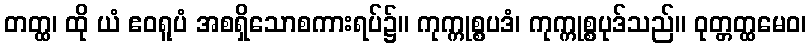
တတ္ထ၊ ထို ယံ ဧဝရူပံ အစရှိသောစကားရပ်၌။ ကုက္ကုစ္စပဒံ၊ ကုက္ကုစ္စပုဒ်သည်။ ဝုတ္တတ္ထမေဝ၊